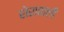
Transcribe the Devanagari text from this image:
शेरावाली